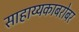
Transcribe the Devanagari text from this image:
साहाय्यकाबरोबर